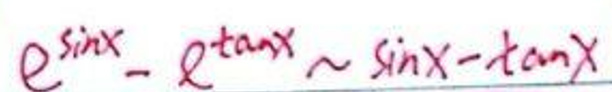
$e^{\sin x}-e^{\tan x} \sim \sin x - \tan x$